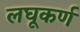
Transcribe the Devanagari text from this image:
लघूकर्ण